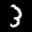
Label: 3